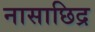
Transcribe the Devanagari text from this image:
नासाछिद्र